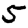
Digit: 5